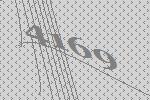
4169